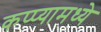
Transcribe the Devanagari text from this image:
कप्प्यामध्ये